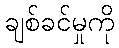
ချစ်ခင်မှုကို